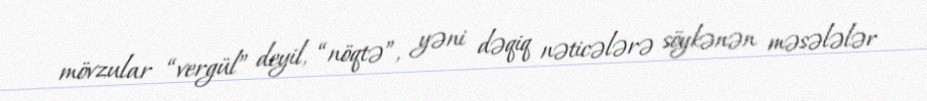
mövzular “vergül” deyil, “nöqtə”, yəni dəqiq nəticələrə söykənən məsələlər